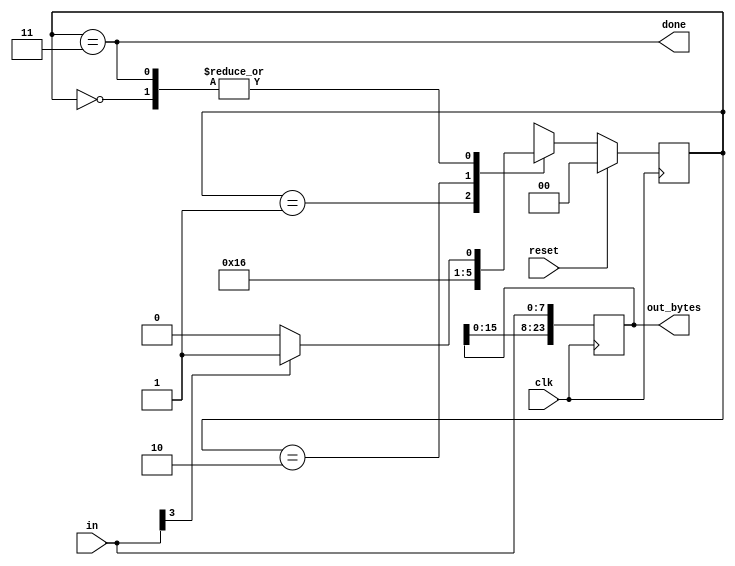
module top_module(
    input clk,
    input [7:0] in,
    input reset,    // Synchronous reset
    output reg [23:0] out_bytes,
    output done); //

    // FSM from fsm_ps2
    localparam [1:0] idle = 0, second_state = 1, third_state = 2, done_state = 3;
    reg [1:0] state, next_state;
    // State transition logic (combinational)
    always @(*) begin
        case(state)
            idle : next_state = in[3] ? second_state : idle;
            second_state : next_state = third_state;
            third_state : next_state = done_state;
            done_state : next_state = in[3] ? second_state : idle;
        endcase
    end
    // State flip-flops (sequential)
    always @(posedge clk) begin
        if (reset) state <= idle;
        else state <= next_state;
    end
    // Output logic
    assign done = (state==done_state);
    // New: Datapath to store incoming bytes.
    always @(posedge clk) begin
        out_bytes <= {out_bytes[15:0], in};
    end

endmodule